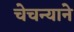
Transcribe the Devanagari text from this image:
चेचन्याने